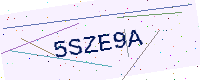
Text: 5SZE9A